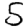
Digit: 5